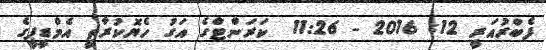
ފެބްރުއަރީ 12